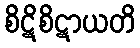
စိဋိစိဋာယတိ